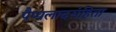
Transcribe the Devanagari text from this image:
पैप्पलादसंहिता